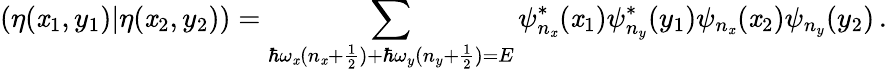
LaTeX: (\eta(\mathit{x}_{1},y_{1})\vert\eta(\mathit{x}_{2},y_{2}))=\sum_{\hbar\omega_{\mathit{x}}(n_{\mathit{x}}+\frac{{1}}{{2}})+\hbar\omega_{y}(n_{y}+\frac{{1}}{{2}})=E}\psi_{n_{\mathit{x}}}^{*}(\mathit{x}_{1})\psi_{n_{y}}^{*}(y_{1})\psi_{n_{\mathit{x}}}(\mathit{x}_{2})\psi_{n_{y}}(y_{2})\, .